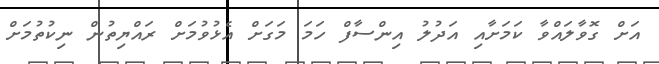
އަށް ގޮވާލައްވާ ކަމަށާއި އަދުލު އިންސާފް ހަމަ މަގަށް އެޅުވުމަށް ރައްޔިތުން ނިކުތުމަށް